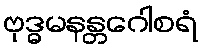
ဗုဒ္ဓမနန္တဂေါစရံ